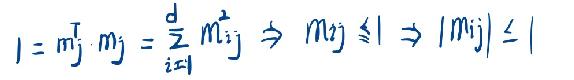
\[ 1 = \mathbf{m}_j^{\mathrm{T}} \cdot \mathbf{m}_j = \sum_{i = 1}^{d} m_{ij}^{2} \Rightarrow m_{ij} \leq 1 \Rightarrow |m_{ij}| \leq 1 \]